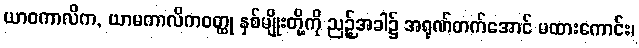
ယာဝကာလိက, ယာမကာလိကဝတ္ထု နှစ်မျိုးတို့ကို ညဉ့်အခါ၌ အရုဏ်တက်အောင် မထားကောင်း၊